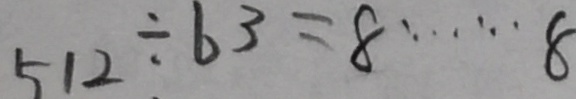
5 1 2 \div 6 3 = 8 \cdots 8